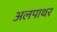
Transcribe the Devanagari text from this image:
अलपाथर